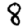
Digit: 8